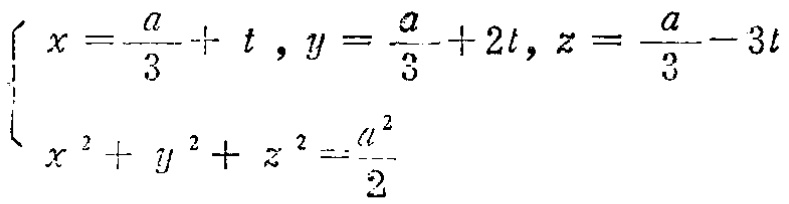
$\begin{cases}

x = \frac{a}{3}+t, y=\frac{a}{3}+2t, z = \frac{a}{3}-3t \\

x^{2}+y^{2}+z^{2}=\frac{a^{2}}{2}

\end{cases}$